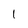
Character: l